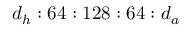
d _ { h } : 6 4 : 1 2 8 : 6 4 : d _ { a }